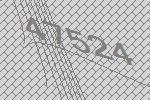
47524